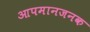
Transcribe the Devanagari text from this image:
आपमानजनक